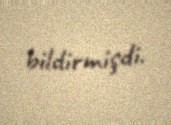
bildirmişdi.